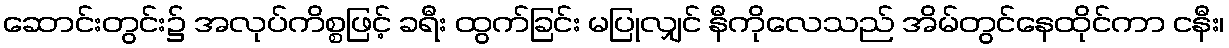
ဆောင်းတွင်း၌ အလုပ်ကိစ္စဖြင့် ခရီး ထွက်ခြင်း မပြုလျှင် နီကိုလေသည် အိမ်တွင်နေထိုင်ကာ ငနီး၊